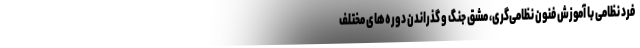
فرد نظامی با آموزش فنون نظامی‌گری‌، مشق جنگ و گذراندن دوره‌های مختلف